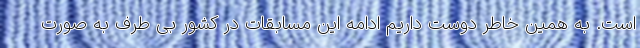
است. به همین خاطر دوست داریم ادامه این مسابقات در کشور بی طرف به صورت